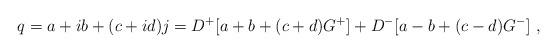
LaTeX: \begin{align*}q = a +ib +(c +id)j = D^+[a+b + (c + d)G^+] + D^-[a-b +(c - d)G^-] ~,\end{align*}